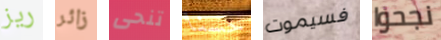
ريز زائر تنحى حسنا فسيموت نجحوا